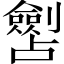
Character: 𱐧